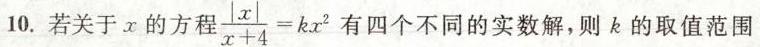
10.若关于x的方程\frac{|x|}{x+4}=kx^2有四个不同的实数解，则k的取值范围